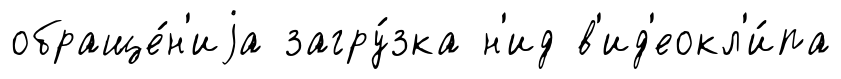
обраще́н'иjа загру́зка н'ид в'ид'еокл'и́па